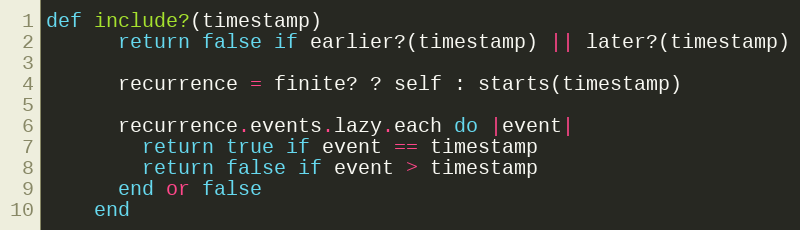
Language: Ruby
def include?(timestamp)
      return false if earlier?(timestamp) || later?(timestamp)

      recurrence = finite? ? self : starts(timestamp)

      recurrence.events.lazy.each do |event|
        return true if event == timestamp
        return false if event > timestamp
      end or false
    end